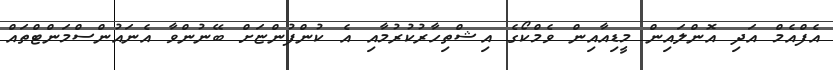
އެފްއެމް އަދި އޮންލައިން މީޑިއާއިން ވެމްކޯގެ އިޝްތިހާރުކުރުމާއި އެ ކުންފުންޏަށް ބޭނުންވާ އެނައުންސްމަންޓްތައް